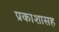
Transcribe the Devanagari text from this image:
प्रकाशासह